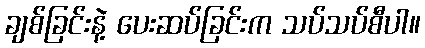
ချစ်ခြင်းနဲ့ ပေးဆပ်ခြင်းက သပ်သပ်စီပါ။